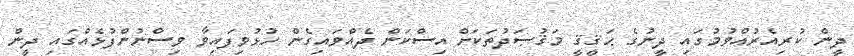
ދީން ކުރިއެރުއްވުމުގައި ދީނުގެ ޙަޤީޤީ މަޤުޞަދުތަކަށް އިސްކަން ދެއްވައިގެން ހުޅުވިފައިވާ ވިސްނުންފުޅެއްގައި ދީން